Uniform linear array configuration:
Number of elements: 24
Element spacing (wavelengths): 1
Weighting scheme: kaiser
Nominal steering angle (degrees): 30
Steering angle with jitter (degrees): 31.399
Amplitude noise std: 0.05
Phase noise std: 0.05

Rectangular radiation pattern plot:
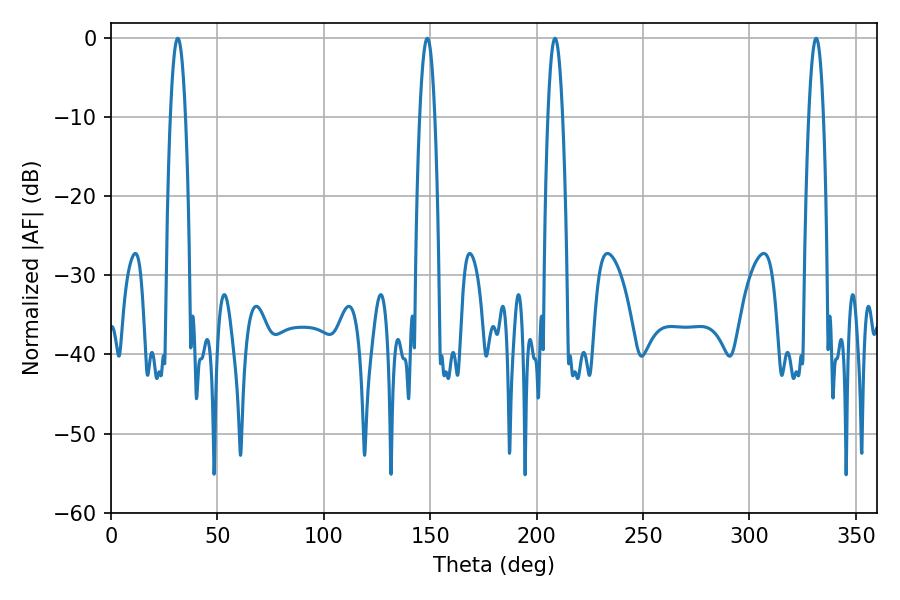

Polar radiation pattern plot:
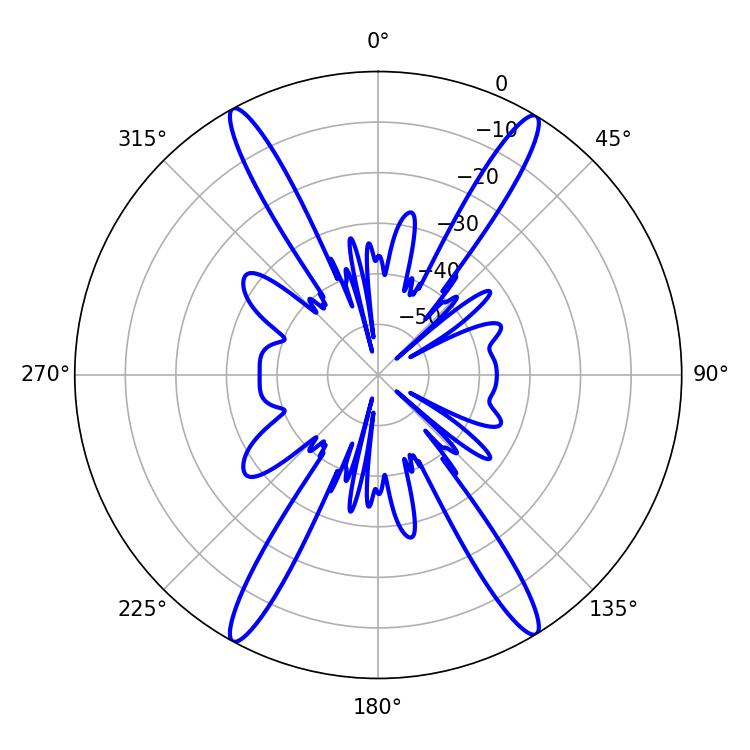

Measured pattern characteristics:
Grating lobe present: TRUE
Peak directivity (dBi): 24.188
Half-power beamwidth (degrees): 3.78
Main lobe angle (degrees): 208.62